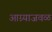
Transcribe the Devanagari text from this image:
आग्र्याजवळ